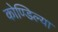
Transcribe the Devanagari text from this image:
कोण्डिल्या